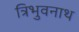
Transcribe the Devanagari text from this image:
त्रिभुवनाथ